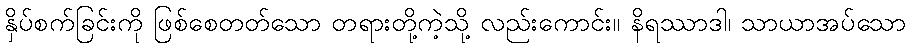
နှိပ်စက်ခြင်းကို ဖြစ်စေတတ်သော တရားတို့ကဲ့သို့ လည်းကောင်း။ နိရဿာဒါ၊ သာယာအပ်သော